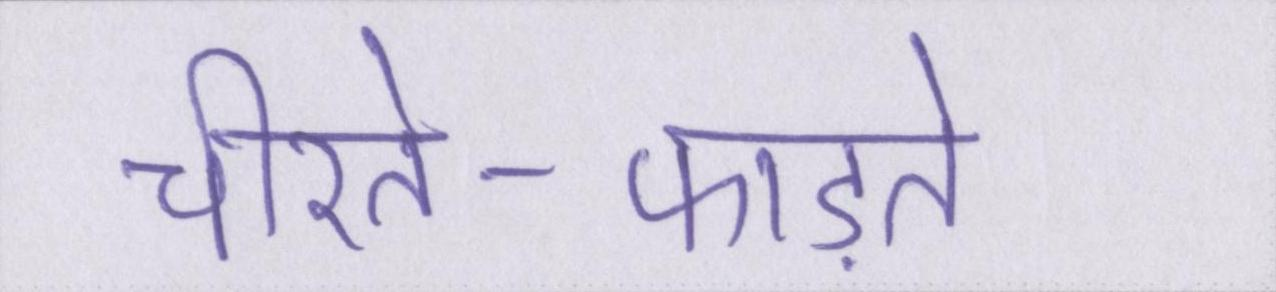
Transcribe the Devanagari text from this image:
चीरते-फाड़ते